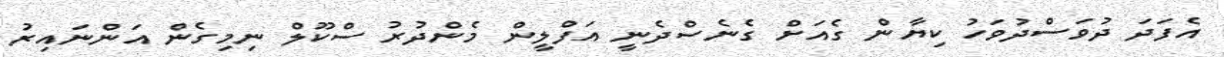
އެފަދަ ދުވަސްދުވަހު ކިޔާން ގެއަށް ގެނެސްދެނީ އަފްލީން މެންދުރު ސްކޫލް ނިމިގެން އަންނައިރު